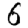
Digit: 6